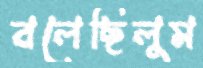
বলেছিলুম